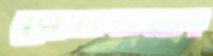
সেনগুপ্তের